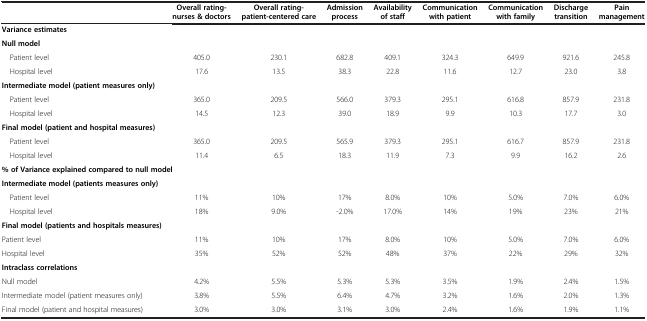
<table><thead><tr><td><b> </b></td><td><b>Overall rating-nurses &amp; doctors</b></td><td><b>Overall rating- patient-centered care</b></td><td><b>Admission process</b></td><td><b>Availability of staff</b></td><td><b>Communication with patient</b></td><td><b>Communication with family</b></td><td><b>Discharge transition</b></td><td><b>Pain management</b></td></tr></thead><tbody><tr><td colspan="3"><b>Variance estimates</b></td><td> </td><td> </td><td> </td><td> </td><td> </td><td> </td></tr><tr><td><b>Null model</b></td><td> </td><td> </td><td> </td><td> </td><td> </td><td> </td><td> </td><td> </td></tr><tr><td> Patient level</td><td>405.0</td><td>230.1</td><td>682.8</td><td>409.1</td><td>324.3</td><td>649.9</td><td>921.6</td><td>245.8</td></tr><tr><td> Hospital level</td><td>17.6</td><td>13.5</td><td>38.3</td><td>22.8</td><td>11.6</td><td>12.7</td><td>23.0</td><td>3.8</td></tr><tr><td><b>Intermediate model (patient measures only)</b></td><td> </td><td> </td><td> </td><td> </td><td> </td><td> </td><td> </td><td> </td></tr><tr><td> Patient level</td><td>365.0</td><td>209.5</td><td>566.0</td><td>379.3</td><td>295.1</td><td>616.8</td><td>857.9</td><td>231.8</td></tr><tr><td> Hospital level</td><td>14.5</td><td>12.3</td><td>39.0</td><td>18.9</td><td>9.9</td><td>10.3</td><td>17.7</td><td>3.0</td></tr><tr><td><b>Final model (patient and hospital measures)</b></td><td> </td><td> </td><td> </td><td> </td><td> </td><td> </td><td> </td><td> </td></tr><tr><td> Patient level</td><td>365.0</td><td>209.5</td><td>565.9</td><td>379.3</td><td>295.1</td><td>616.7</td><td>857.9</td><td>231.8</td></tr><tr><td> Hospital level</td><td>11.4</td><td>6.5</td><td>18.3</td><td>11.9</td><td>7.3</td><td>9.9</td><td>16.2</td><td>2.6</td></tr><tr><td colspan="3"><b>% of Variance explained compared to null model</b></td><td> </td><td> </td><td> </td><td> </td><td> </td><td> </td></tr><tr><td><b>Intermediate model (patients measures only)</b></td><td> </td><td> </td><td> </td><td> </td><td> </td><td> </td><td> </td><td> </td></tr><tr><td> Patient level</td><td>11%</td><td>10%</td><td>17%</td><td>8.0%</td><td>10%</td><td>5.0%</td><td>7.0%</td><td>6.0%</td></tr><tr><td> Hospital level</td><td>18%</td><td>9.0%</td><td>-2.0%</td><td>17.0%</td><td>14%</td><td>19%</td><td>23%</td><td>21%</td></tr><tr><td><b>Final model (patients and hospitals measures)</b></td><td> </td><td> </td><td> </td><td> </td><td> </td><td> </td><td> </td><td> </td></tr><tr><td>Patient level</td><td>11%</td><td>10%</td><td>17%</td><td>8.0%</td><td>10%</td><td>5.0%</td><td>7.0%</td><td>6.0%</td></tr><tr><td>Hospital level</td><td>35%</td><td>52%</td><td>52%</td><td>48%</td><td>37%</td><td>22%</td><td>29%</td><td>32%</td></tr><tr><td colspan="3"><b>Intraclass correlations</b></td><td> </td><td> </td><td> </td><td> </td><td> </td><td> </td></tr><tr><td>Null model</td><td>4.2%</td><td>5.5%</td><td>5.3%</td><td>5.3%</td><td>3.5%</td><td>1.9%</td><td>2.4%</td><td>1.5%</td></tr><tr><td>Intermediate model (patient measures only)</td><td>3.8%</td><td>5.5%</td><td>6.4%</td><td>4.7%</td><td>3.2%</td><td>1.6%</td><td>2.0%</td><td>1.3%</td></tr><tr><td>Final model (patient and hospital measures)</td><td>3.0%</td><td>3.0%</td><td>3.1%</td><td>3.0%</td><td>2.4%</td><td>1.6%</td><td>1.9%</td><td>1.1%</td></tr></tbody></table>